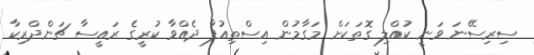
ސިރިސޭނަ ވަނީ ކުއްލި ގޮތަކަށް މަގާމުން އިސްތިއުފާ ދެއްވާ ކުރީގެ ރައީސާ ޗަންދްރިކާ